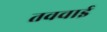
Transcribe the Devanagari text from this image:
तवचाई